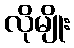
လိုမျိုး